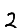
Digit: 2